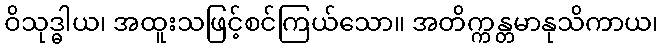
ဝိသုဒ္ဓါယ၊ အထူးသဖြင့်စင်ကြယ်သော။ အတိက္ကန္တမာနုသိကာယ၊